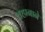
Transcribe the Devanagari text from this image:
वहानाने